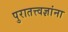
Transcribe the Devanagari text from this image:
पुरातत्त्वज्ञांना